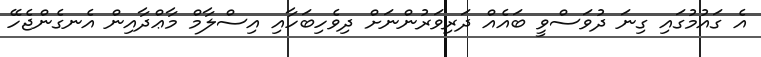
އެ ގައުމުގައި ގިނަ ދުވަސްވީ ބައެއް ދަރިވަރުންނަށް ދިވެހިބަހާއި އިސްލާމް މާޢްދާއިން އެނގެންޖެހޭ